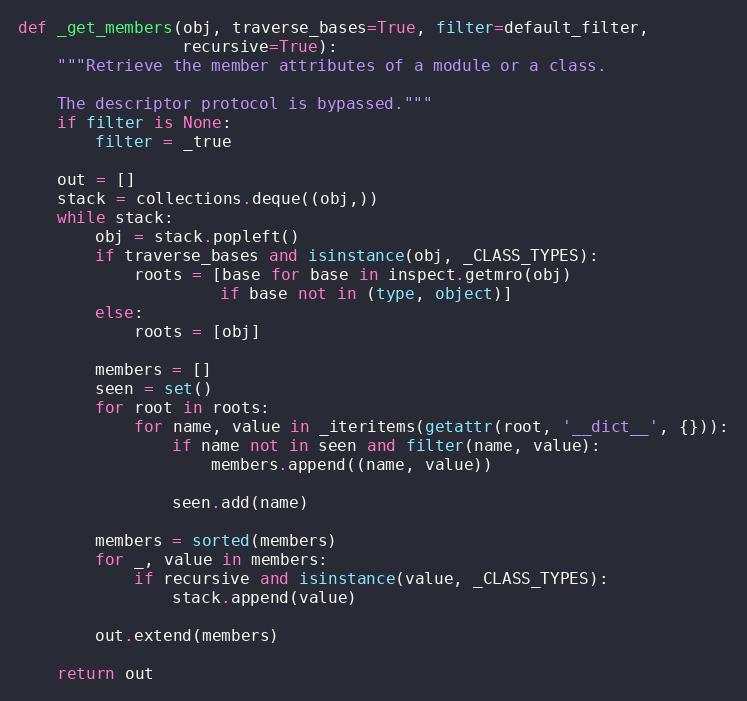
Language: Python
def _get_members(obj, traverse_bases=True, filter=default_filter,
                 recursive=True):
    """Retrieve the member attributes of a module or a class.

    The descriptor protocol is bypassed."""
    if filter is None:
        filter = _true

    out = []
    stack = collections.deque((obj,))
    while stack:
        obj = stack.popleft()
        if traverse_bases and isinstance(obj, _CLASS_TYPES):
            roots = [base for base in inspect.getmro(obj)
                     if base not in (type, object)]
        else:
            roots = [obj]

        members = []
        seen = set()
        for root in roots:
            for name, value in _iteritems(getattr(root, '__dict__', {})):
                if name not in seen and filter(name, value):
                    members.append((name, value))

                seen.add(name)

        members = sorted(members)
        for _, value in members:
            if recursive and isinstance(value, _CLASS_TYPES):
                stack.append(value)

        out.extend(members)

    return out